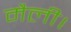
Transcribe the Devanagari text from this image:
मैली।